65_HS1-834228961_62-HQ-83894_Section_8
Agency: FBI
Page 7
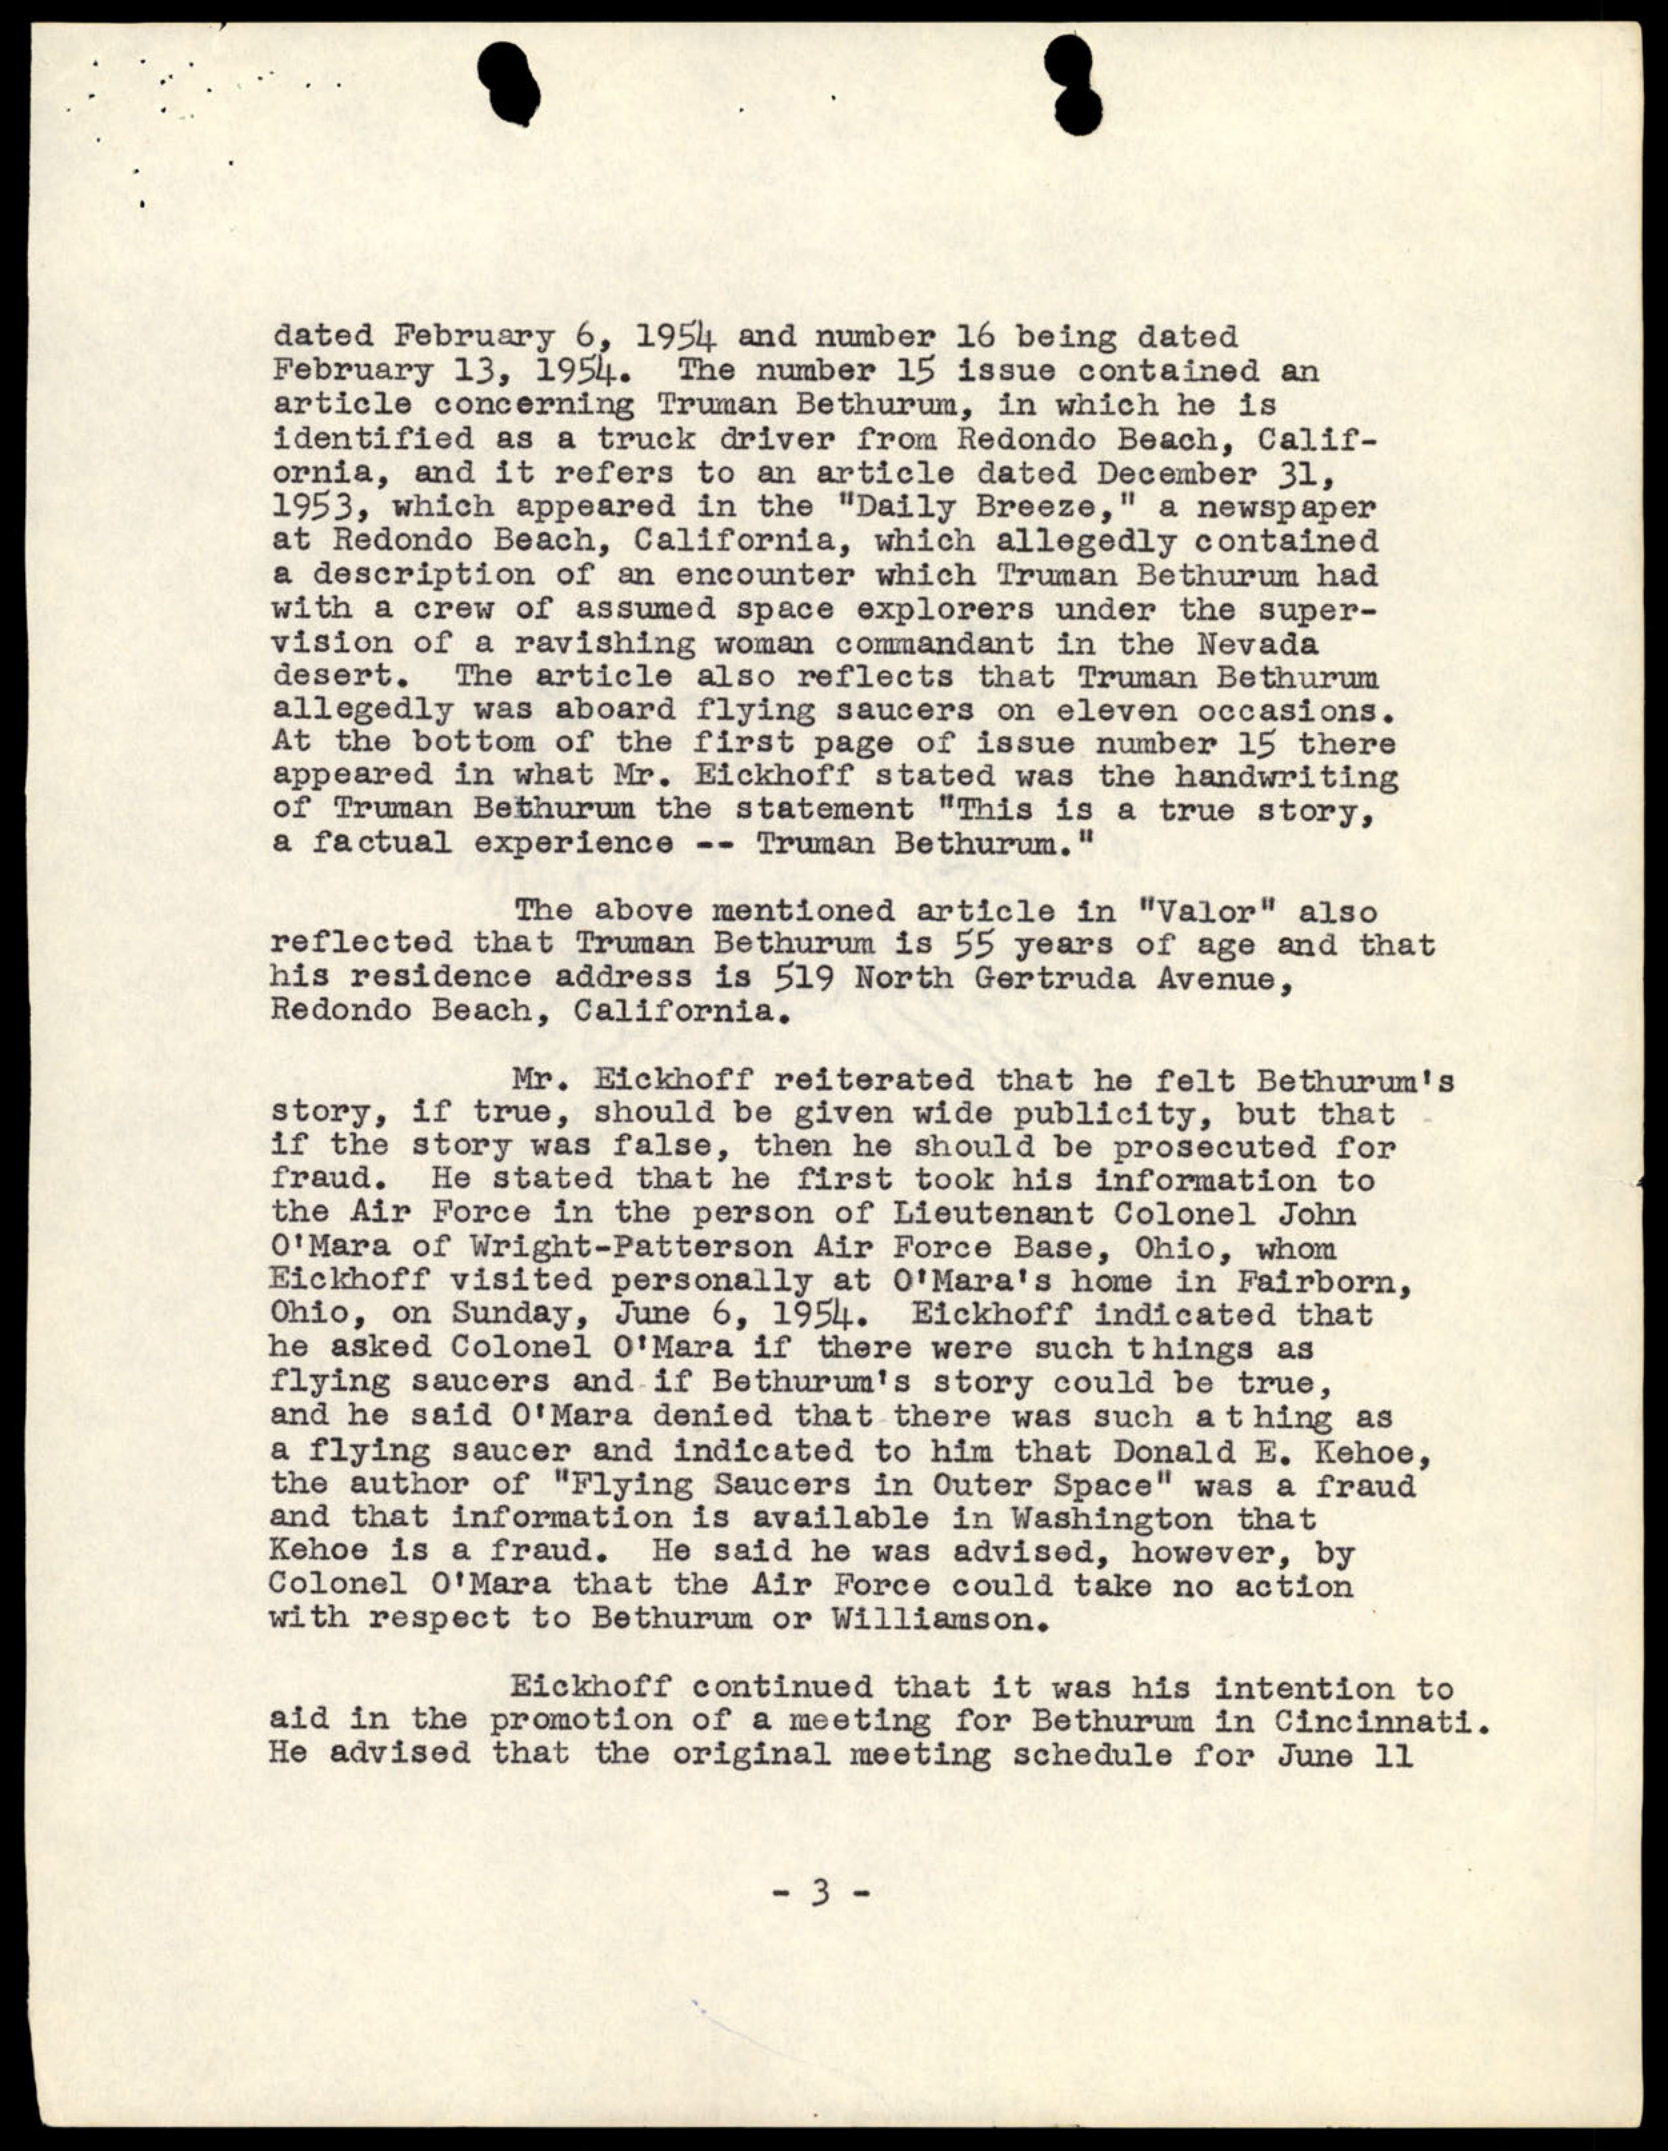